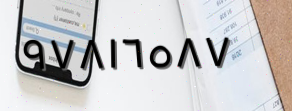
٩٧٨١٦٥٨٧